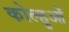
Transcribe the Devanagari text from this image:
कोल्हुओं